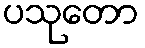
ပသုတော